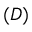
( D )